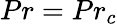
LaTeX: Pr=Pr_{c}